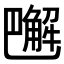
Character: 𧤭